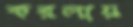
করলায়